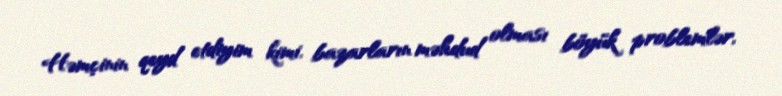
Həmçinin qeyd etdiyim kimi, bazarların məhdud olması böyük problemlər,